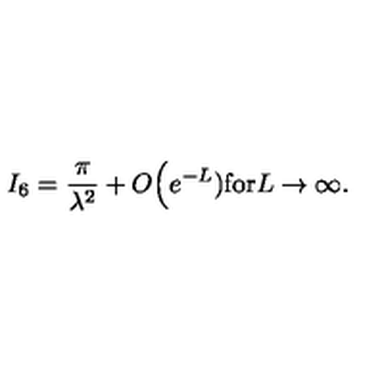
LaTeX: I _ { 6 } = \frac { \pi } { \lambda ^ { 2 } } + O \Big ( e ^ { - L } ) \mathrm { f o r } L \rightarrow \infty .